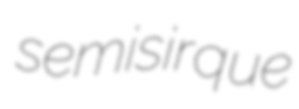
semisirque